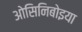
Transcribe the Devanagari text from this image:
ओसिनिबोइया